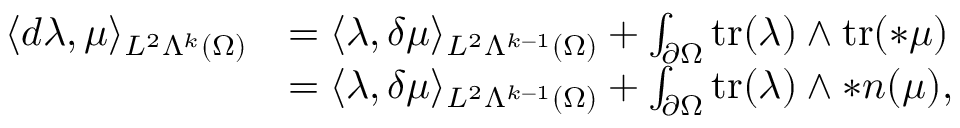
\begin{array} { r l } { \langle d \lambda , \mu \rangle _ { L ^ { 2 } \Lambda ^ { k } ( \Omega ) } } & { = \langle \lambda , \delta \mu \rangle _ { L ^ { 2 } \Lambda ^ { k - 1 } ( \Omega ) } + \int _ { \partial \Omega } \mathrm { t r } ( \lambda ) \wedge \mathrm { t r } ( \ast \mu ) } \\ & { = \langle \lambda , \delta \mu \rangle _ { L ^ { 2 } \Lambda ^ { k - 1 } ( \Omega ) } + \int _ { \partial \Omega } \mathrm { t r } ( \lambda ) \wedge \ast \boldsymbol { n } ( \mu ) , } \end{array}